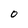
Character: O